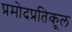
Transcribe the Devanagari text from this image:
प्रमोदप्रतिकूल